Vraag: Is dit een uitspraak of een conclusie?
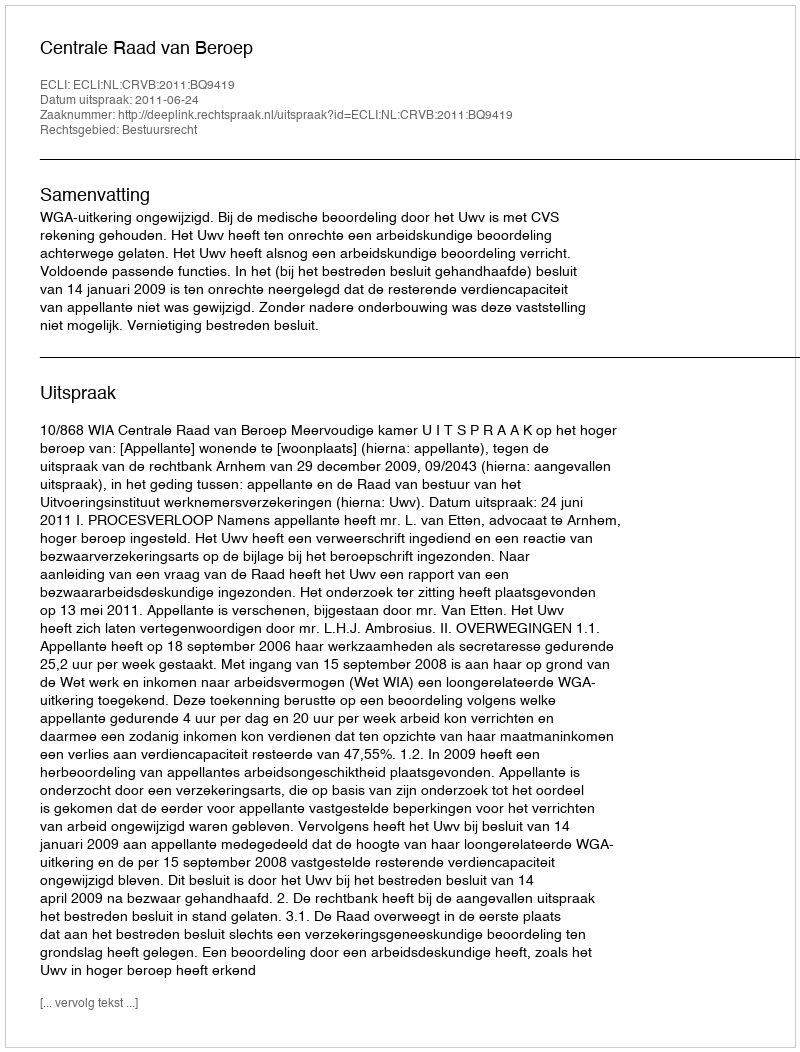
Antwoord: Uitspraak